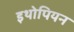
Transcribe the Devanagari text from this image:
इथोपियन